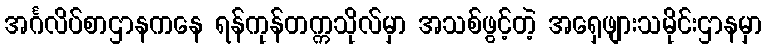
အင်္ဂလိပ်စာဌာနကနေ ရန်ကုန်တက္ကသိုလ်မှာ အသစ်ဖွင့်တဲ့ အရှေဖျားသမိုင်းဌာနမှာ